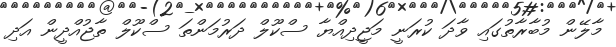
މާލޭން މުބާރާތުގައި ވާދަ ކުރަނީ މަޖީދިއްޔާ ސްކޫލް ދަރުމަންތަ ސްކޫލް ތާޖުއްދީން އަދި